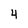
Character: 4